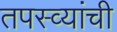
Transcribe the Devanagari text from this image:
तपस्व्यांची